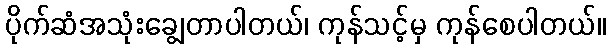
ပိုက်ဆံအသုံးချွေတာပါတယ်၊ ကုန်သင့်မှ ကုန်စေပါတယ်။